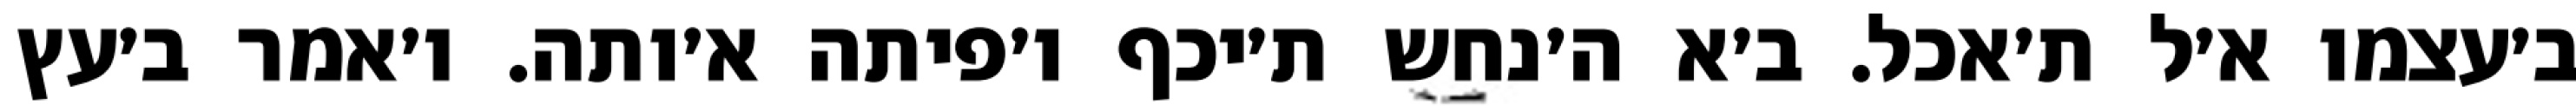
ב׳עצמו א׳ל ת׳אכל. ב׳א ה׳נחש ת׳יכף ו׳פיתה א׳ותה. ו׳אמר ב׳עץ